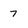
Character: 7